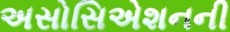
અસોસિએશનની